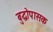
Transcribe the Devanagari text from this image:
बुद्धोपासक